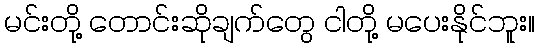
မင်းတို့ တောင်းဆိုချက်တွေ ငါတို့ မပေးနိုင်ဘူး။